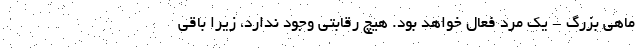
ماهی بزرگ - یک مرد فعال خواهد بود. هیچ رقابتی وجود ندارد، زیرا باقی